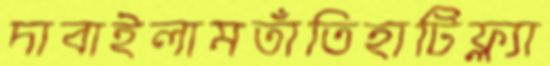
দাবাইলামতাঁতিহাটিফ্ল্যা